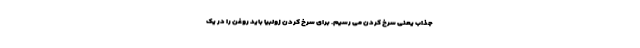
جذاب یعنی سرخ کردن می رسیم. برای سرخ کردن زولبیا باید روغن را در یک